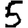
Digit: 5